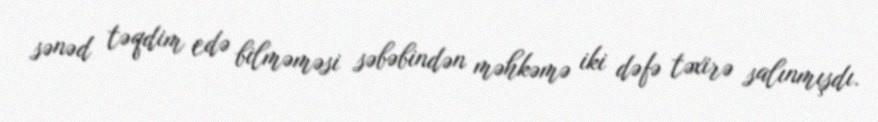
sənəd təqdim edə bilməməsi səbəbindən məhkəmə iki dəfə təxirə salınmışdı.